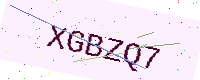
Text: XGBZQ7